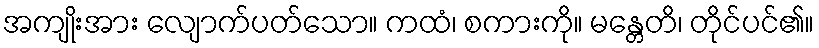
အကျိုးအား လျောက်ပတ်သော။ ကထံ၊ စကားကို။ မန္တေတိ၊ တိုင်ပင်၏။